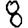
Digit: 8